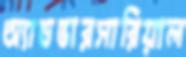
অ্যাডভারসারিয়াল